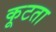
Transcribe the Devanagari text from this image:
कूटता